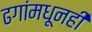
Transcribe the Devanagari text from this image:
ढगांमधूनही